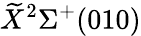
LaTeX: \widetilde{X}^{2}\Sigma^{+}(010)